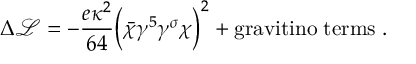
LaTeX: \Delta { \mathcal L } = - { \frac { e \kappa ^ { 2 } } { 6 4 } } \Bigl ( \bar { \chi } \gamma ^ { 5 } \gamma ^ { \sigma } \chi \Bigr ) ^ { 2 } + \mathrm { g r a v i t i n o \; t e r m s } \; .